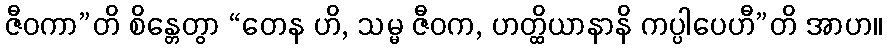
ဇီဝကာ”တိ စိန္တေတွာ “တေန ဟိ, သမ္မ ဇီဝက, ဟတ္ထိယာနာနိ ကပ္ပါပေဟီ”တိ အာဟ။